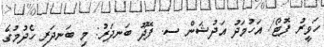
ހަވީރު ފޮޓޯ/ އަހުމަދު އަދުޝަން ސ. ފޭދޫ ބަނދަރު: މި ބަނދަރި ހެދުމުގެ